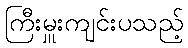
ကြီးမှူးကျင်းပသည့်